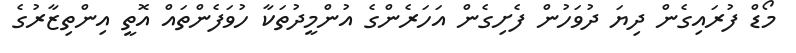
މޯޑް ފުރައިގެން ދިޔަ ދުވަހުން ފެށިގެން އަހަރެންގެ އުންމީދުތަކާ ހުވަފެންތައް އޮތީ އިންތިޒާރުގެ